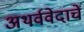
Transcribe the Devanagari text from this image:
अथर्ववेदाचें